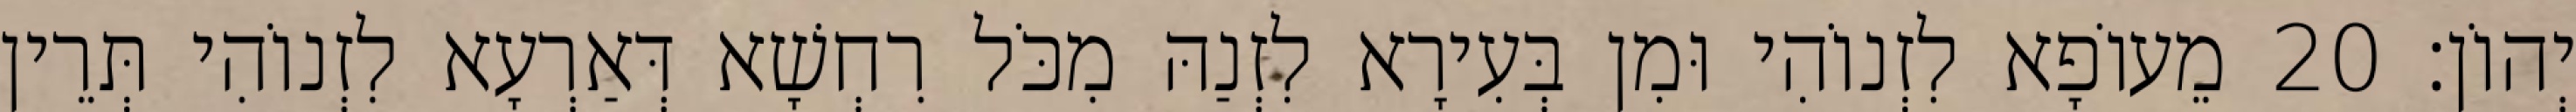
יְהוֹן׃ 20 מֵעוֹפָא לִזְנוֹהִי וּמִן בְּעִירָא לִזְנַהּ מִכֹּל רִחְשָׁא דְּאַרְעָא לִזְנוֹהִי תְּרֵין